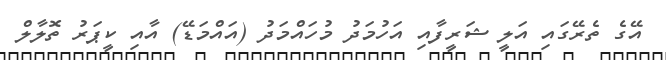
އޭގެ ތެރޭގައި އަލީ ޝަރީފާއި އަހުމަދު މުހައްމަދު (އައްމަޑޭ) އާއި ކީޕަރު ތޮލާލް